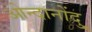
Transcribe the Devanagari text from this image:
ओन्दानोंदु